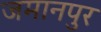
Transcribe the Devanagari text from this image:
जमानपुर